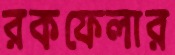
রকফেলার